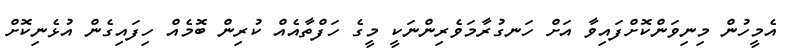
އެމީހުން މިނިވަންކޮށްފައިވާ އަށް ހަނގުރާމަވެރިންނަކީ މީގެ ހަފްތާއެއް ކުރިން ބޮމެއް ހިފައިގެން އުޅެނިކޮށް